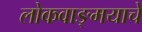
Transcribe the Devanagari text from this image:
लोकवाङ्मयाचे